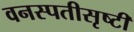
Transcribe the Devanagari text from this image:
वनस्पतीसृष्टी